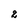
Character: 2